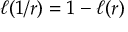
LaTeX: \ell ( 1 / r ) = 1 - \ell ( r )